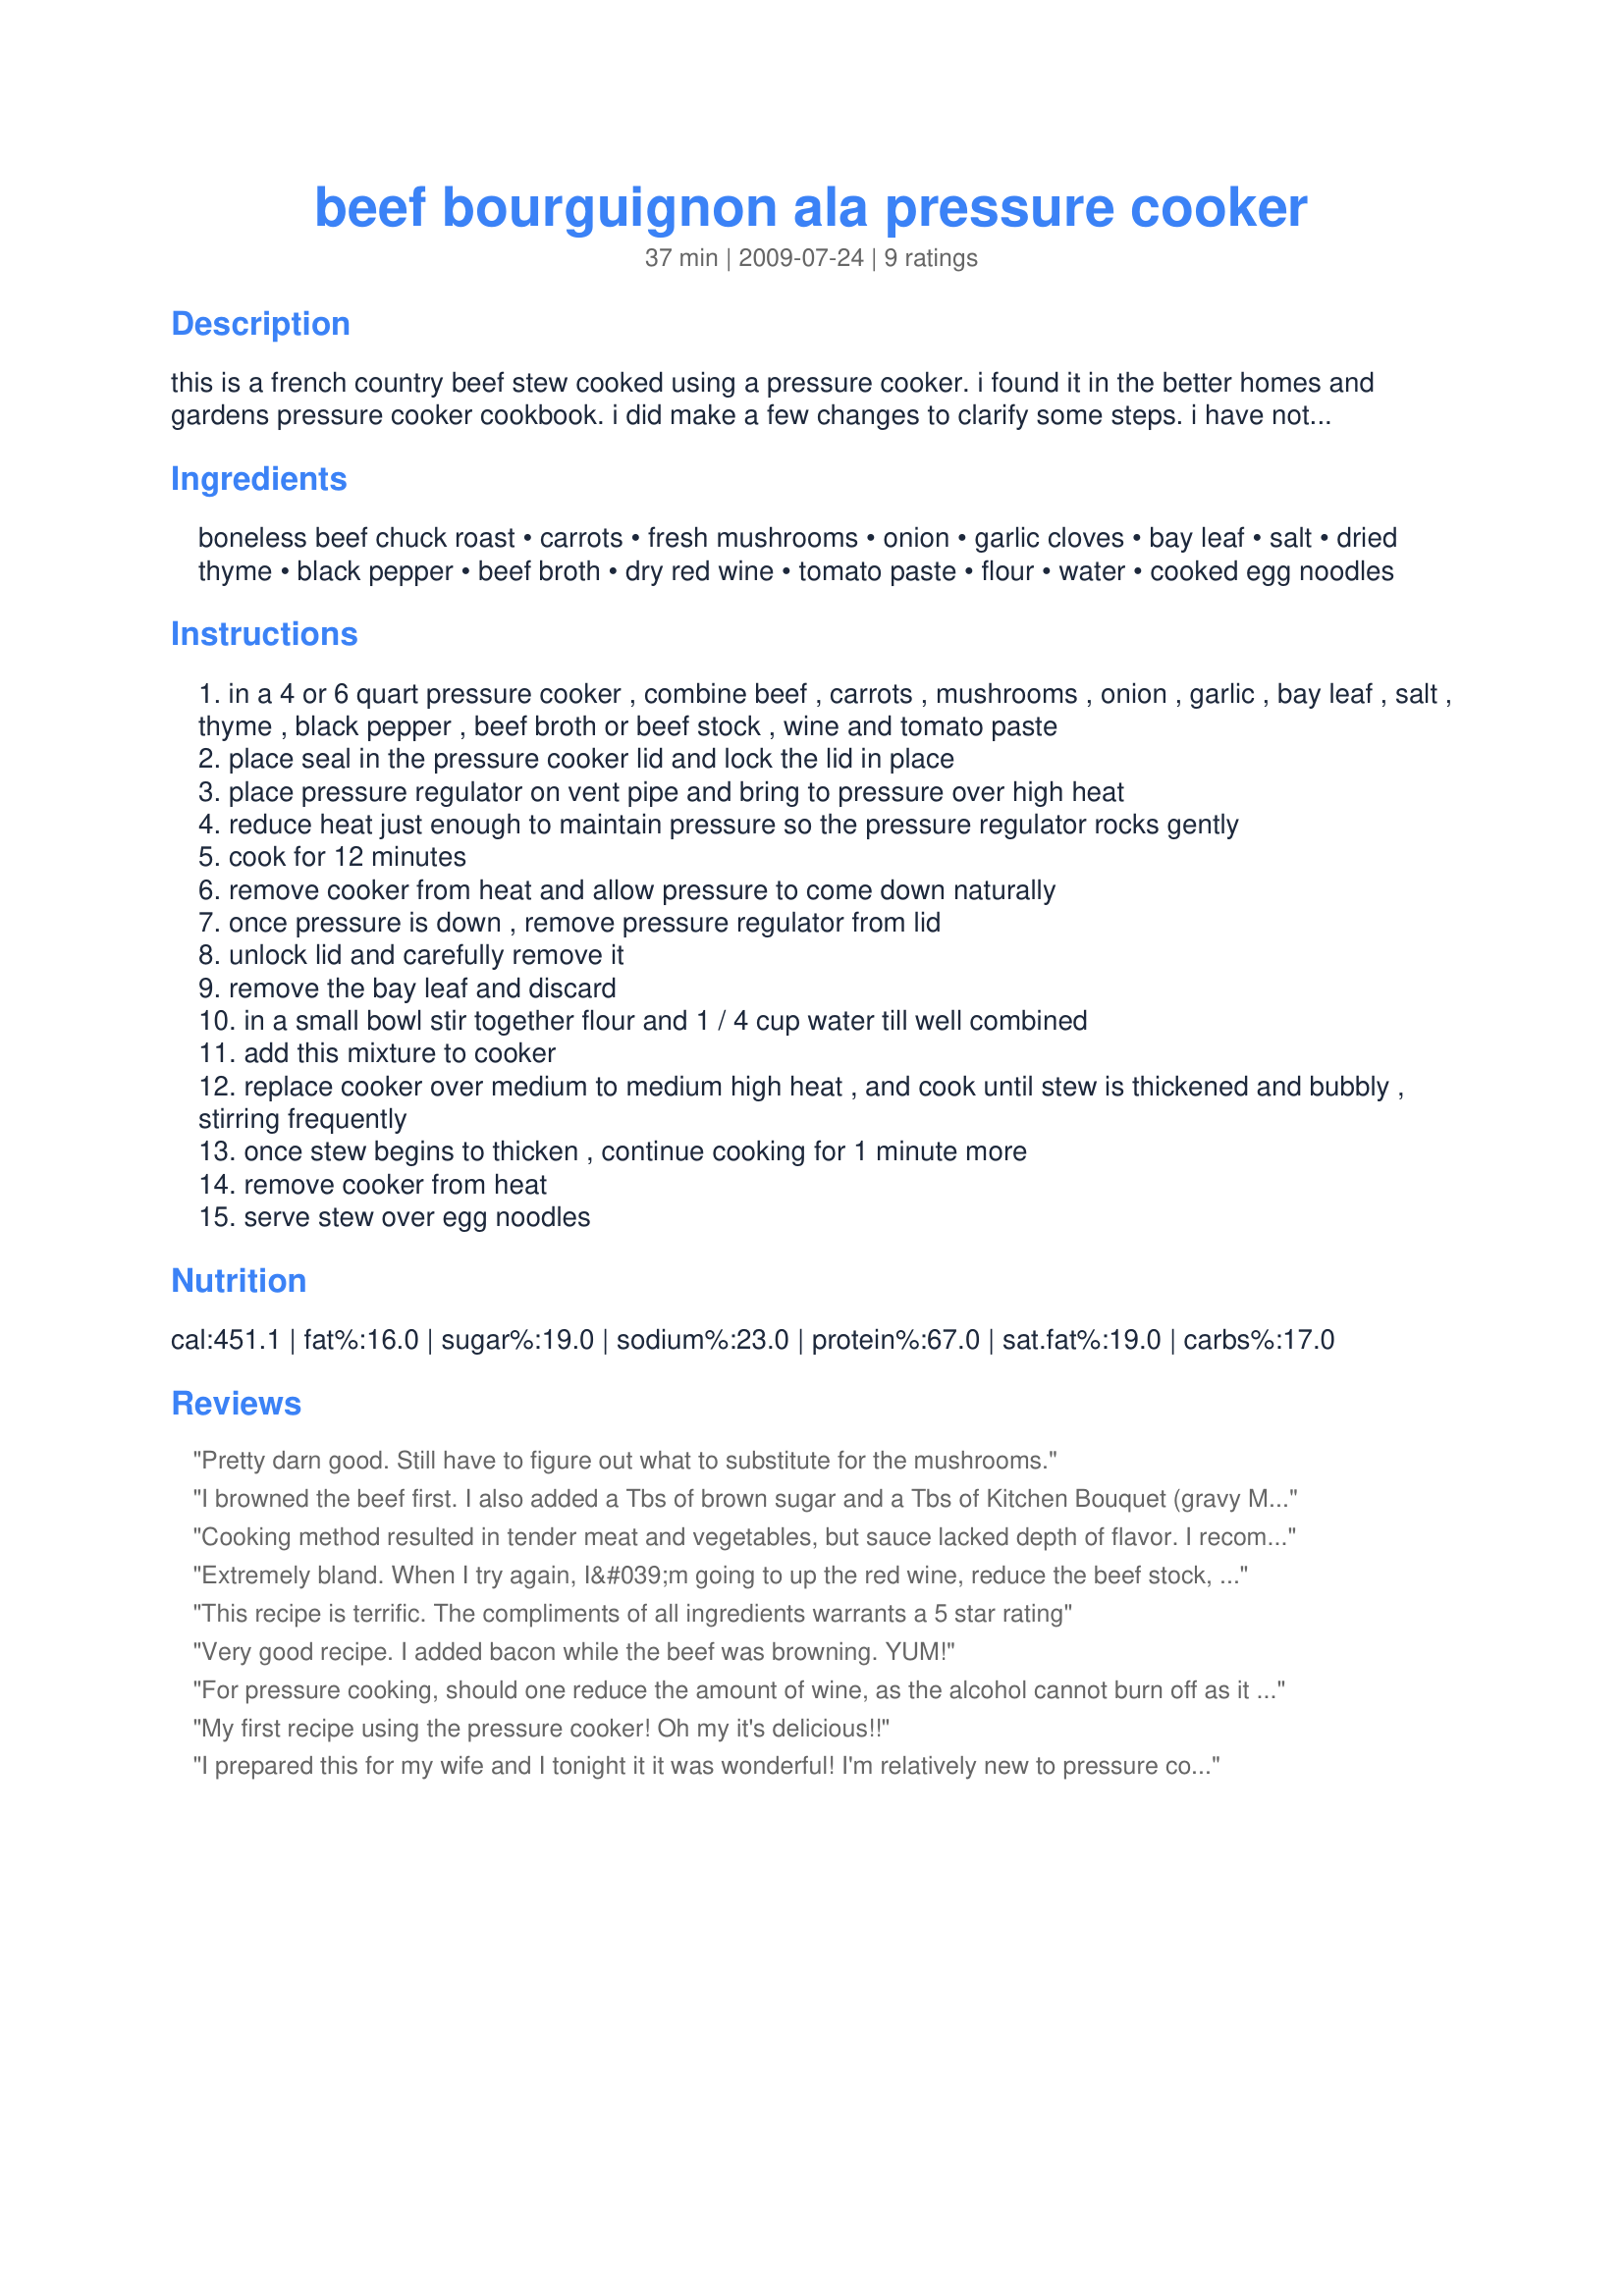
beef bourguignon ala pressure cooker
Preparation time: 37 minutes

this is a french country beef stew cooked using a pressure cooker. i found it in the better homes and gardens pressure cooker cookbook. i did make a few changes to clarify some steps. i have not tried it myself yet, so let me know if you try it!

Ingredients:
boneless beef chuck roast, carrots, fresh mushrooms, onion, garlic cloves, bay leaf, salt, dried thyme, black pepper, beef broth, dry red wine, tomato paste, flour, water, cooked egg noodles

Steps:
in a 4 or 6 quart pressure cooker , combine beef , carrots , mushrooms , onion , garlic , bay leaf , salt , thyme , black pepper , beef broth or beef stock , wine and tomato paste
place seal in the pressure cooker lid and lock the lid in place
place pressure regulator on vent pipe and bring to pressure over high heat
reduce heat just enough to maintain pressure so the pressure regulator rocks gently
cook for 12 minutes
remove cooker from heat and allow pressure to come down naturally
once pressure is down , remove pressure regulator from lid
unlock lid and carefully remove it
remove the bay leaf and discard
in a small bowl stir together flour and 1 / 4 cup water till well combined
add this mixture to cooker
replace cooker over medium to medium high heat , and cook until stew is thickened and bubbly , stirring frequently
once stew begins to thicken , continue cooking for 1 minute more
remove cooker from heat
serve stew over egg noodles

Reviews:
Pretty darn good. Still have to figure out what to substitute for the mushrooms.
I browned the beef first. I also added a Tbs of brown sugar and a Tbs of Kitchen Bouquet (gravy Master is good too). Turned out delicious! Full flavored.
Cooking method resulted in tender meat and vegetables, but sauce lacked depth of flavor. I recommend browning the meat in batches in the pressure cooker before adding the other ingredients. I think that this would help.
Extremely bland. When I try again, I&#039;m going to up the red wine, reduce the beef stock, and increase the spice profile.
This recipe is terrific. The compliments of all ingredients warrants a 5 star rating
Very good recipe. I added bacon while the beef was browning. YUM!
For pressure cooking, should one reduce the amount of wine, as the alcohol cannot burn off as it does in an oven?
My first recipe using the pressure cooker! Oh my it's delicious!!
I prepared this for my wife and I tonight it it was wonderful! I'm relatively new to pressure cooking, and this was simple and delicious. It was a hit with everyone who tried it. It made for good encouragement to use the pressure cooker more often!
